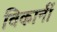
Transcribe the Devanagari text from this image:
विकार्नी